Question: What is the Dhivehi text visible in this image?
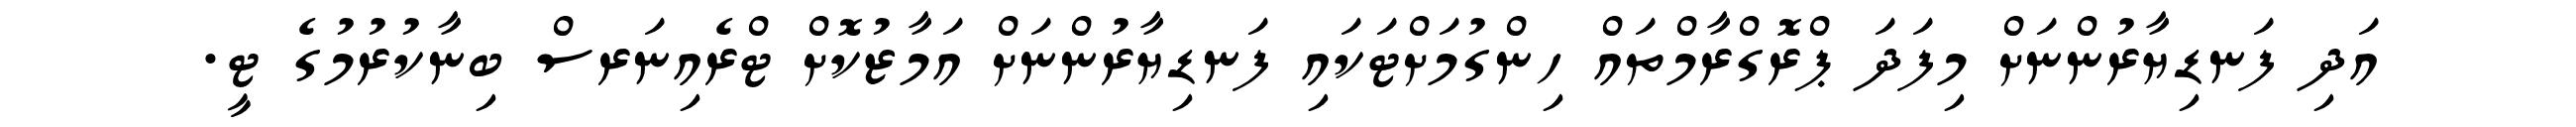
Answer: އަދި ފަނޑިޔާރުންނަށް މިފަދަ ޕްރޮގްރާމްތައް ހިންގުމަށްޓަކައި ފަނޑިޔާރުންނަށް އަމާޒުކޮށް ޓްރެއިނަރސް ބިނާކުރުމުގެ ޓީ.